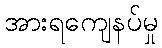
အားရကျေနပ်မှု